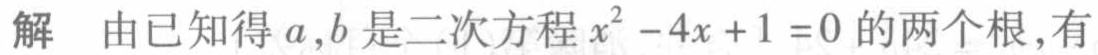
解 由已知得 \(a,b\) 是二次方程 \(x^{2}-4x + 1 = 0\) 的两个根,有